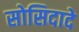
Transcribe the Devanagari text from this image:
सोसिदादे